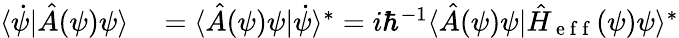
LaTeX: \begin{array}{rl}{\langle\dot{\psi}|\hat{A}(\psi)\psi\rangle}&{{}=\langle\hat{A}(\psi)\psi|\dot{\psi}\rangle^{\ast}=i\hbar^{-1}\langle\hat{A}(\psi)\psi|\hat{H}_{\mathrm{~e~f~f~}}(\psi)\psi\rangle^{\ast}}\end{array}